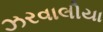
ઝરવાલીયા